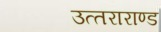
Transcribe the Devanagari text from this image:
उत्‍तराराण्‍ड